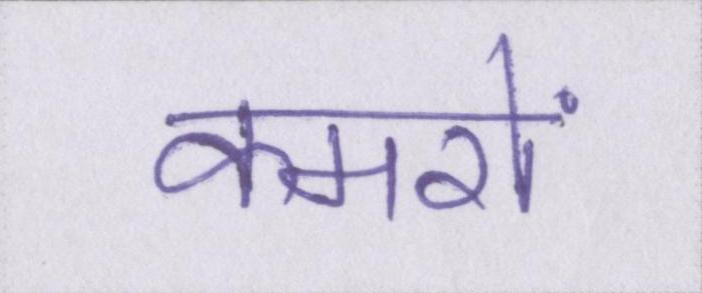
कमरों